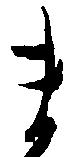
ま